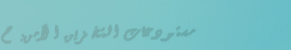
مستودعات التخزين الآمن: ح